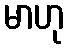
မာဟု